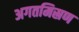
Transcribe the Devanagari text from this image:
अगतमिस्रण